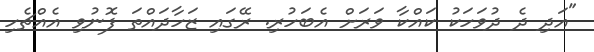
"އަދި ދެ ދުވަހަކު ކައްކާ ވަރަށް އެބަހުރި. ރޭގައި ޒަހާދައްތަ ފޮނުވި އެއްޗެހި